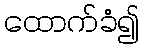
ထောက်ခံ၍